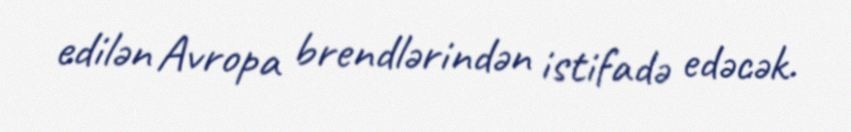
edilən Avropa brendlərindən istifadə edəcək.